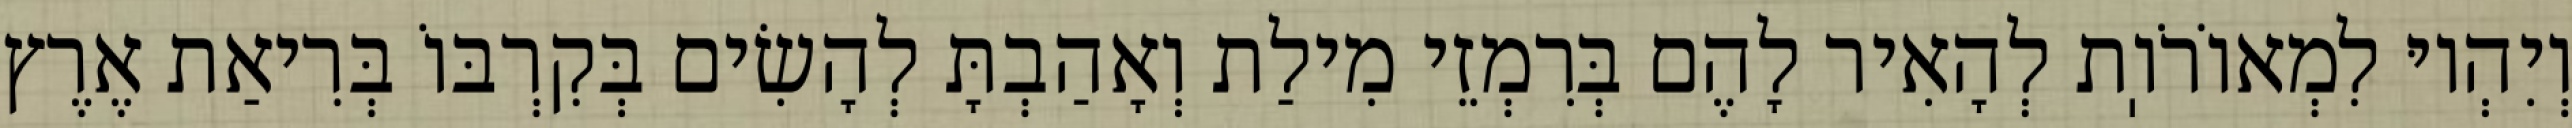
וְיִהְיוּ לִמְאוֹרֹוֽת לְהָאִיר לָהֶם בְּרִמְזֵי מִילַת וְאָהַבְתָּ לְהָשִׂים בְּקִרְבּוֹ בְּרִיאַת אֶרֶץ